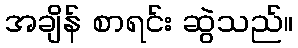
အချိန် စာရင်း ဆွဲသည်။